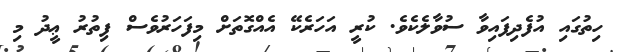
ހިތުގައި އުފެދިފައިވާ ސުވާލެކެވެ. ކުރީ އަހަރެކޭ އެއްގޮތަށް މިފަހަރުވެސް ފިތުރު ޢީދު މި